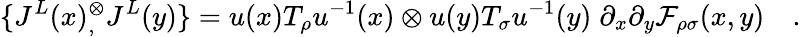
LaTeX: \{ J^{L}(x){}_{,}^{\otimes}J^{L}(y)\} =u(x)T_{\rho}u^{-1}(x)\otimes u(y)T_{\sigma}u^{-1}(y)\; \partial_{x}\partial_{y}{\cal F}_{\rho\sigma}(x,y)\quad.